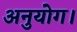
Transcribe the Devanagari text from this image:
अनुयोग।